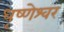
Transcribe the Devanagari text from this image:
धृष्णेश्वर